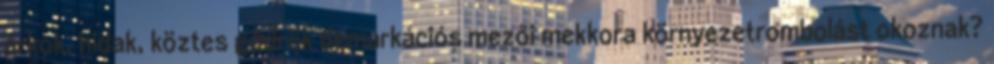
árkok, hidak, köztes gödrök demarkációs mezői mekkora környezetrombolást okoznak?